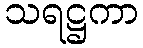
သရဋ္ဌကာ